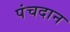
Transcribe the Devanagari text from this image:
पंचदान